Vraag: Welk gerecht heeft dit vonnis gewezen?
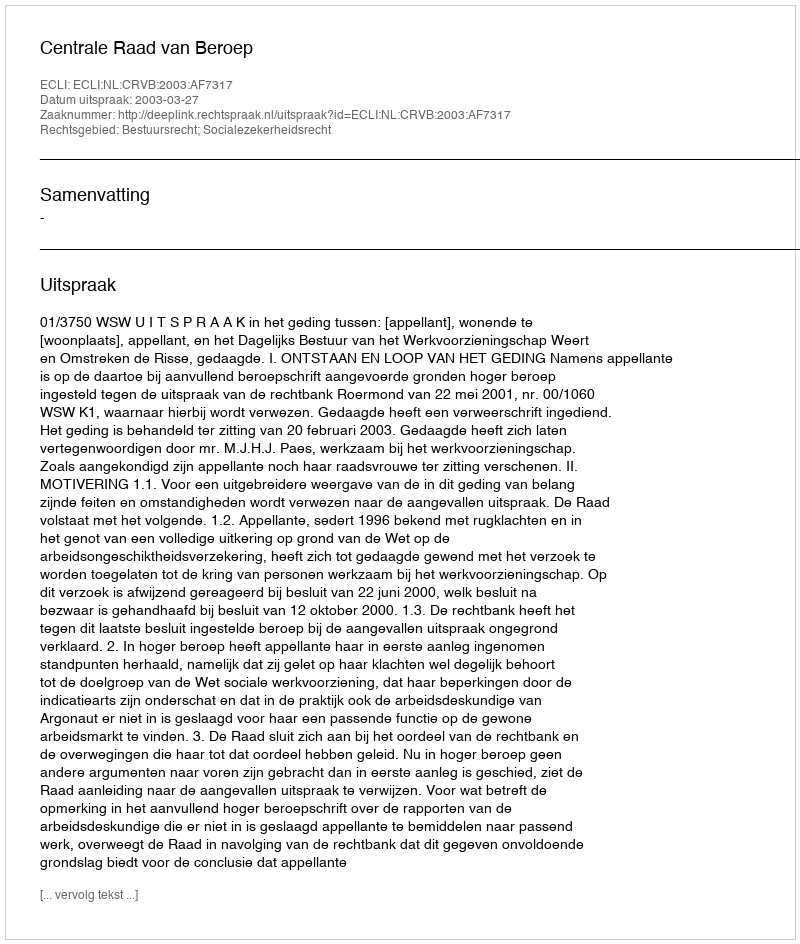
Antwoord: Centrale Raad van Beroep